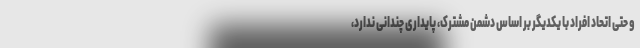
و حتی اتحاد افراد با یکدیگر بر اساس دشمن مشترک، پایداری چندانی ندارد،